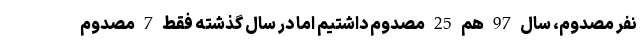
نفر مصدوم، سال 97 هم 25 مصدوم داشتیم اما در سال گذشته فقط 7 مصدوم